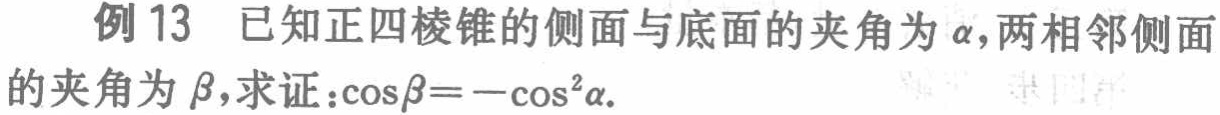
例 13 已知正四棱锥的侧面与底面的夹角为\(\alpha\)，两相邻侧面的夹角为\(\beta\)，求证：\(\cos\beta = -\cos^{2}\alpha\)。